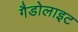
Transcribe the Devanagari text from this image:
गैडोलाइट